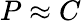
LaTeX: P\approx C